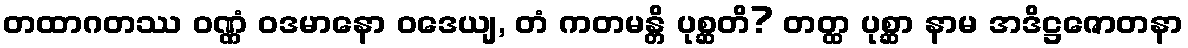
တထာဂတဿ ဝဏ္ဏံ ဝဒမာနော ဝဒေယျ, တံ ကတမန္တိ ပုစ္ဆတိ? တတ္ထ ပုစ္ဆာ နာမ အဒိဋ္ဌဇောတနာ